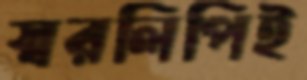
স্বরলিপিই